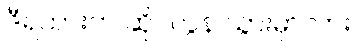
ဒီရထားက ဆိုင်လွန် သွားမှာလား။